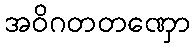
အဝိဂတတဏှော